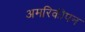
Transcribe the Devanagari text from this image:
अमरिकीपन